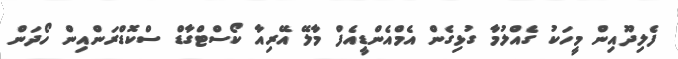
ފެލިދޫއިން މީހަކު ގެއްލުމާ ގުޅިގެން އެމްއެންޑީއެފް މާލޭ އޭރިއާ ކޯސްޓްގާޑް ސްކޮޑްރަންއިން ހޯދަން